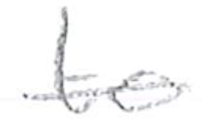
Text: to
Cross-out: single-line
Writing tool: pencil